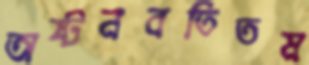
অষ্টনবতিতম